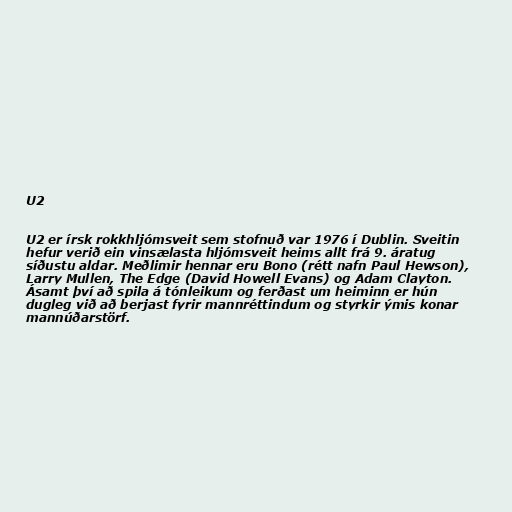
U2

U2 er írsk rokkhljómsveit sem stofnuð var 1976 í Dublin. Sveitin
hefur verið ein vinsælasta hljómsveit heims allt frá 9. áratug
síðustu aldar. Meðlimir hennar eru Bono (rétt nafn Paul Hewson),
Larry Mullen, The Edge (David Howell Evans) og Adam Clayton.
Ásamt því að spila á tónleikum og ferðast um heiminn er hún
dugleg við að berjast fyrir mannréttindum og styrkir ýmis konar
mannúðarstörf.